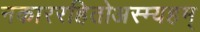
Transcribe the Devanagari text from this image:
नकाररहितोअस्म्यहम्